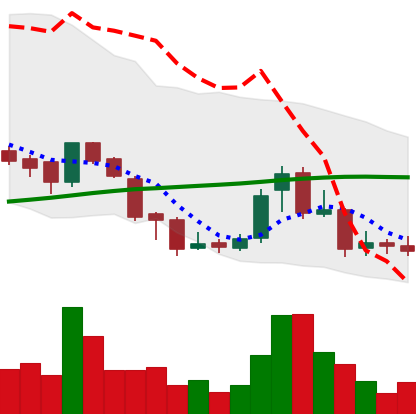
Ticker: BNB-USD
Chart end date: 2018-07-23
Forward return: 21.479%
Label: up_7plus